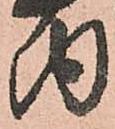
内